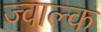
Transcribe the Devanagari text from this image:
ज्वाल्क